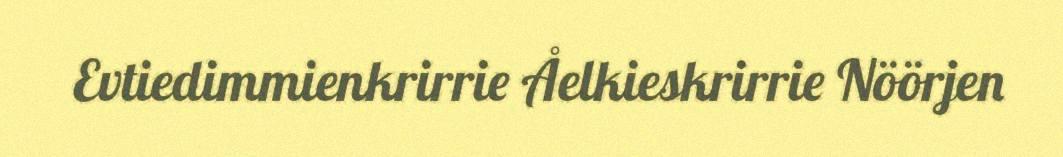
Evtiedimmienkrirrie Åelkieskrirrie Nöörjen